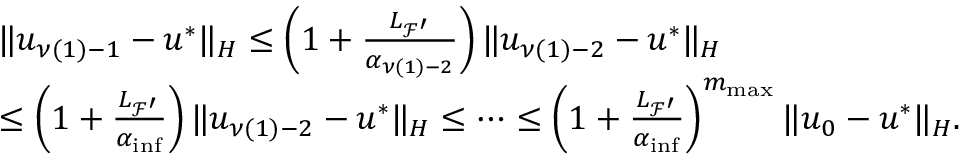
\begin{array} { r l } & { \| u _ { \nu ( 1 ) - 1 } - u ^ { * } \| _ { H } \leq \left( 1 + \frac { { L _ { { \mathcal { F } } ^ { \prime } } } } { { \alpha } _ { \nu ( 1 ) - 2 } } \right) \| u _ { \nu ( 1 ) - 2 } - u ^ { * } \| _ { H } } \\ & { \leq \left( 1 + \frac { { L _ { { \mathcal { F } } ^ { \prime } } } } { { \alpha } _ { \operatorname* { i n f } } } \right) \| u _ { \nu ( 1 ) - 2 } - u ^ { * } \| _ { H } \leq \cdots \leq \left( 1 + \frac { { L _ { { \mathcal { F } } ^ { \prime } } } } { { \alpha } _ { \operatorname* { i n f } } } \right) ^ { { m _ { \mathrm { m a x } } } } \| u _ { 0 } - u ^ { * } \| _ { H } . } \end{array}